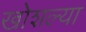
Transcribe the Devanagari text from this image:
खोशल्या